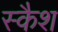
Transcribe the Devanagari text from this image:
स्कैश